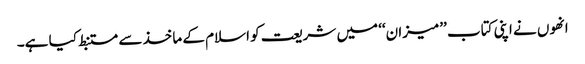
انھوں نے اپنی کتاب ’’میزان‘‘ میں شریعت کو اسلام کے ماخذ سے مستنبط کیا ہے۔